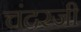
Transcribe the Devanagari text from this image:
चंदरजी